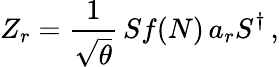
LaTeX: Z_{r}=\frac{1}{\sqrt{\theta}}\, Sf(N)\, a_{r}S^{\dagger}\, ,